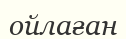
ойлаған